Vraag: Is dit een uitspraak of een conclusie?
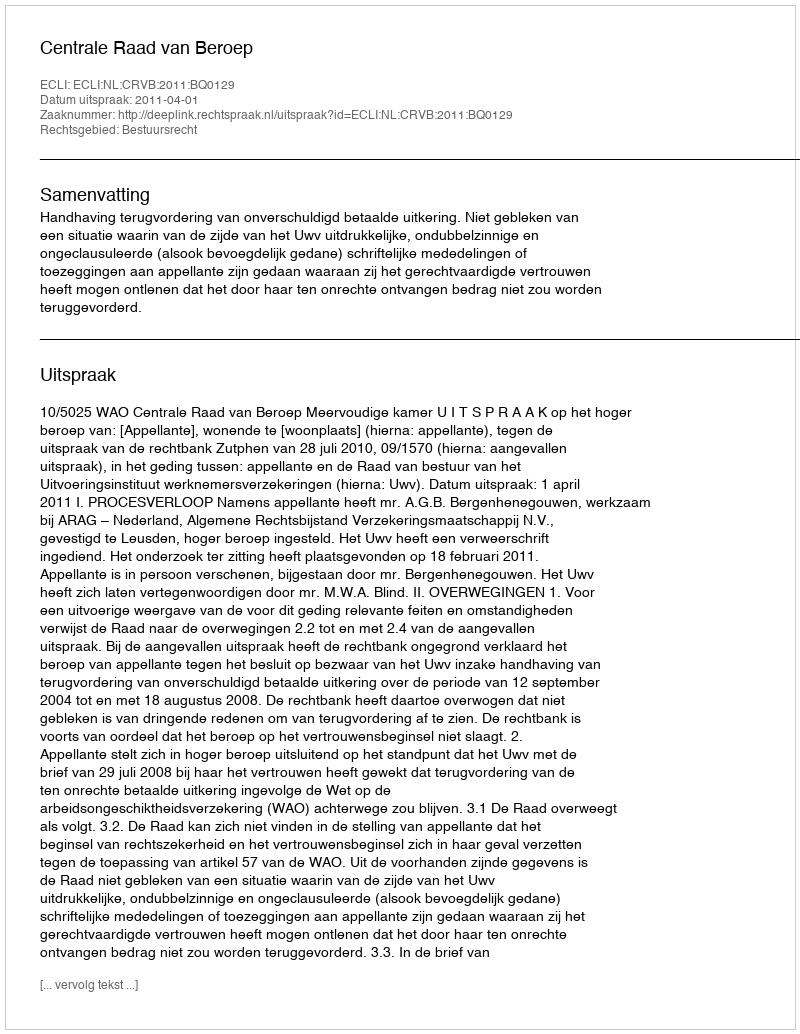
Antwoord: Uitspraak